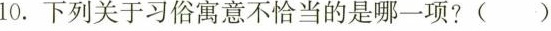
10.下列关于习俗寓意不恰当的是哪一项?( )